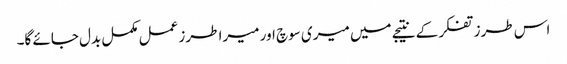
اس طرز تفکر کے نتیجے میں میری سوچ اور میرا طرز عمل مکمل بدل جائے گا۔